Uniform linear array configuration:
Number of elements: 64
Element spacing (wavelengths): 1
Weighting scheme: exponential
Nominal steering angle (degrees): -15
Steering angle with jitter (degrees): -16.227
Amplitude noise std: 0.05
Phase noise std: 0.05

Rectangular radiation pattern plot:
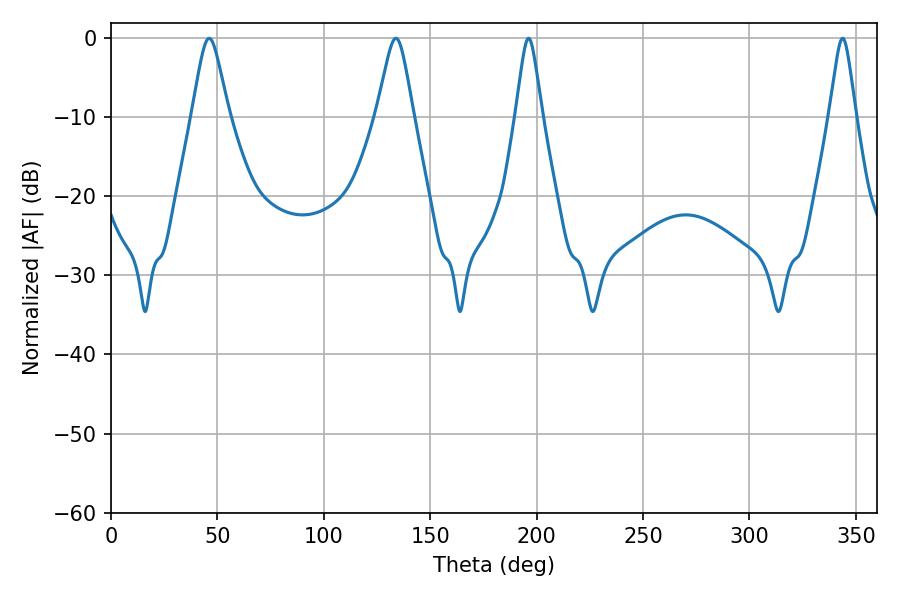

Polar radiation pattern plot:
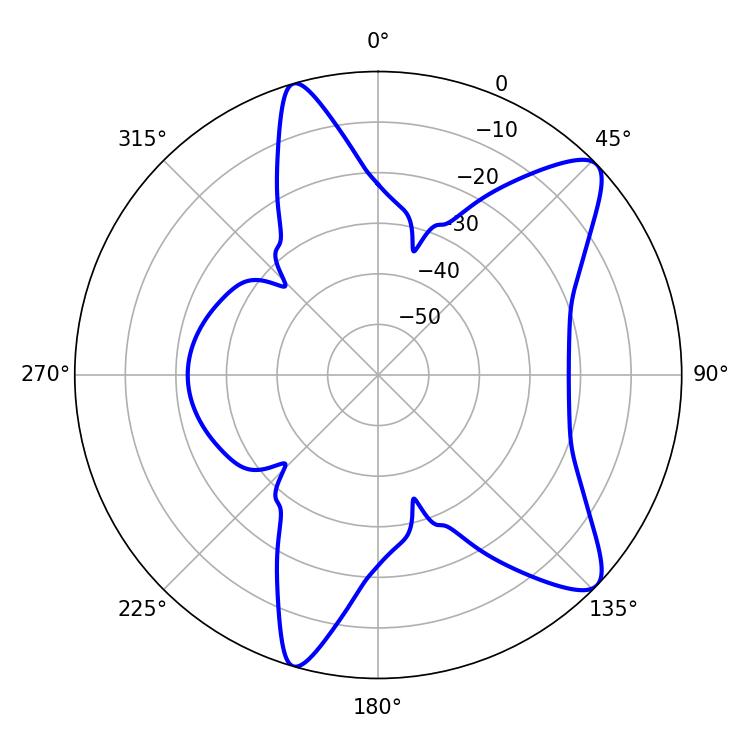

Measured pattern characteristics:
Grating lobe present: TRUE
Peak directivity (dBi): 10.276
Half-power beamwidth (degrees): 5.94
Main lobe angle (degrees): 196.2